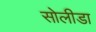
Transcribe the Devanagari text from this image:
सोलीडा